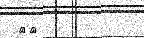
٤٩